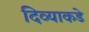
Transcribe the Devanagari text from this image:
दिव्याकडे